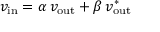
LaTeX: v _ { \mathrm { i n } } = \alpha \, v _ { \mathrm { o u t } } + \beta \, v _ { \mathrm { o u t } } ^ { * }